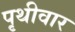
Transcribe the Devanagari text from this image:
पृथीवार